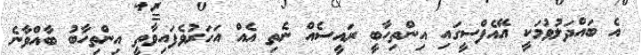
އެ ބައްދަލުވުމަކީ އޭއެފްސީގައި އިންތިހާބީ ރައީސެއް ނެތި އެއް އަހަރުވެފައިވާތީ އިންތިހާބު ބާއްވާނެ